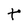
Character: t